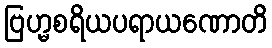
ဗြဟ္မစရိယပရာယဏောတိ